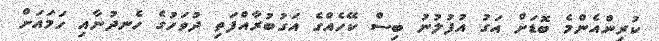
ކުރިންއެންމެ ބޮޑަށް އަގު އުފުލުނު ބިސް ކޭހެއްގެ އަގުބުރާއްފަތި ދުވަހުގެ ހެނދުނާއި ހަމައަށް